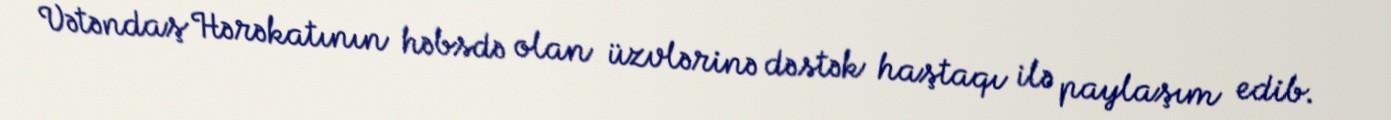
Vətəndaş Hərəkatının həbsdə olan üzvlərinə dəstək haştaqı ilə paylaşım edib.